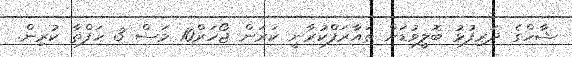
ޝާހްގެ ދަރިފުޅު ބޮލީވުޑަށް ތައާރަފްކުރާނީ ކަރަން ޖޯހަރް10 މަސް 3 ހަފްތާ ކުރިން.